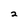
Character: 2